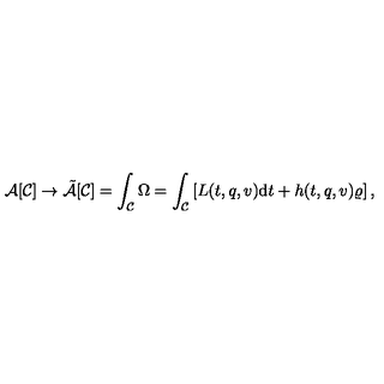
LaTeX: { \cal A } [ { \cal C } ] \rightarrow \tilde { \cal A } [ { \cal C } ] = \int _ { \cal C } \Omega = \int _ { \cal C } \left[ L ( t , q , v ) \mathrm { d } t + h ( t , q , v ) \varrho \right] ,